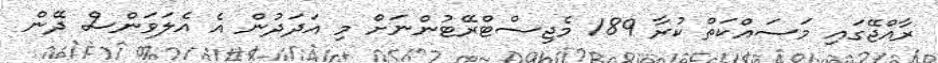
ރާއްޖޭގައި މަސައްކަތް ކުރާ 189 މެޖިސްޓްރޭޓުންނަށް މި އަދަދުން އެ އެލަވަންސް ދޭން